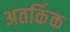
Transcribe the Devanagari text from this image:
अतर्किक